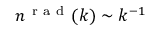
n ^ { \mathrm { ~ r ~ a ~ d ~ } } ( k ) \sim k ^ { - 1 }